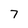
Character: 7